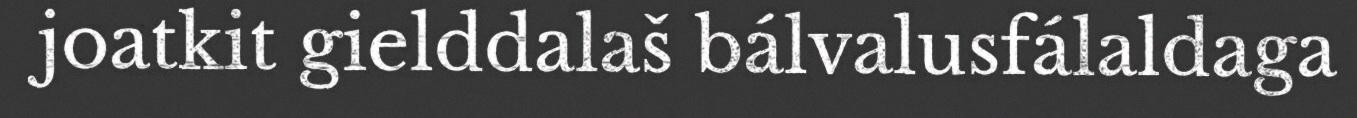
joatkit gielddalaš bálvalusfálaldaga